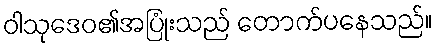
ဝါသုဒေဝ၏အပြုံးသည် တောက်ပနေသည်။